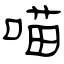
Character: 喵